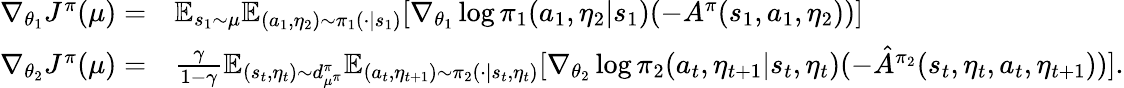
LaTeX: \begin{array}{rl}{\nabla_{\theta_{1}}J^{\pi}(\mu)=}&{\mathbb{E}_{s_{1}\sim\mu}\mathbb{E}_{(a_{1},\eta_{2})\sim\pi_{1}(\cdot|s_{1})}[\nabla_{\theta_{1}}\log\pi_{1}(a_{1},\eta_{2}|s_{1})(-A^{\pi}(s_{1},a_{1},\eta_{2}))]}\\ {\nabla_{\theta_{2}}J^{\pi}(\mu)=}&{\frac{\gamma}{1-\gamma}\mathbb{E}_{(s_{t},\eta_{t})\sim d_{\mu^{\pi}}^{\pi}}\mathbb{E}_{(a_{t},\eta_{t+1})\sim\pi_{2}(\cdot|s_{t},\eta_{t})}[\nabla_{\theta_{2}}\log\pi_{2}(a_{t},\eta_{t+1}|s_{t},\eta_{t})(-\hat{A}^{\pi_{2}}(s_{t},\eta_{t},a_{t},\eta_{t+1}))].}\end{array}